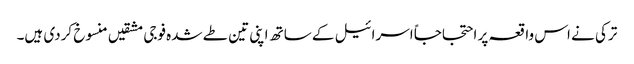
ترکی نے اس واقعہ پر احتجاجاً اسرائیل کے ساتھ اپنی تین طے شدہ فوجی مشقیں منسوخ کردی ہیں۔